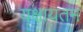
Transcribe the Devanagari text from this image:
यक्षायतम